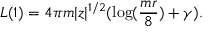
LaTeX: L ( 1 ) = 4 \pi m | z | ^ { 1 / 2 } ( \log ( { \frac { m r } { 8 } } ) + \gamma ) .